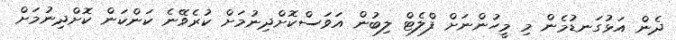
ދެން އަޅުގަނޑުމެން މި މީހުންނަށް ފްލެޓް ލިބުން އަވަސްކޮށްދިނުމަށް ކުރެވޭނެ ކަންކަން ކޮށްދިނުމަށް